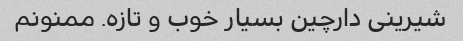
شیرینی دارچین بسیار خوب و تازه. ممنونم